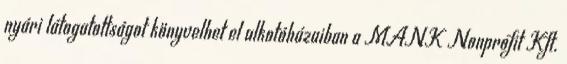
nyári látogatottságot könyvelhet el alkotóházaiban a MANK Nonprofit Kft.